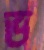
ভ